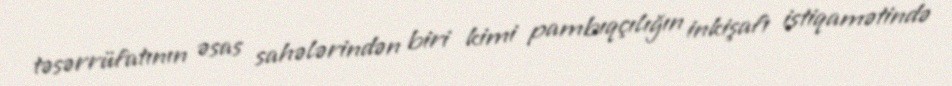
təsərrüfatının əsas sahələrindən biri kimi pambıqçılığın inkişafı istiqamətində